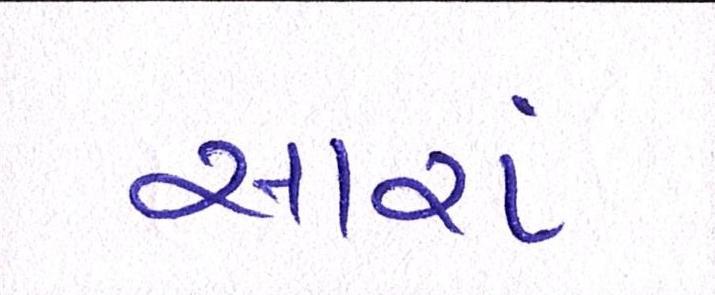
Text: સારાં